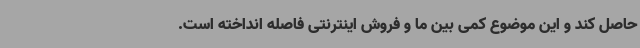
حاصل کند و این موضوع کمی بین ما و فروش اینترنتی فاصله انداخته است.